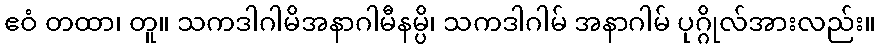
ဧဝံ တထာ၊ တူ။ သကဒါဂါမိအနာဂါမီနမ္ပိ၊ သကဒါဂါမ် အနာဂါမ် ပုဂ္ဂိုလ်အားလည်း။